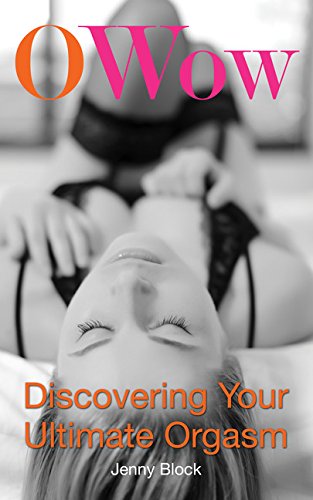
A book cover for O Wow: Discovering Your Ultimate Orgasm; Jenny Block; Gay & Lesbian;